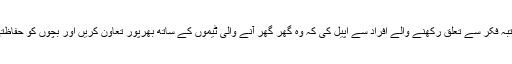
انہوں نے آزادکشمیربھر میں والدین،اساتذہ ،وکلاء، شہریوں، ملازمین ،مزدور اور ہر مکتبہ فکر سے تعلق رکھنے والے افراد سے اپیل کی کہ وہ گھر گھر آنے والی ٹیموں کے ساتھ بھرپور تعاون کریں اور بچوں کو حفاظتی قطرے پلوانے میں اپنا مثبت کردار ادا کریں تاکہ یہ قومی مہم کامیابی سے ہمکنار ہو۔